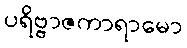
ပရိဗ္ဗာဇကာရာမော